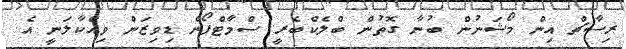
ރިސާޗް އިން މޯޝަނުން ބުނާ ގޮތުން ބްލެކްބެރީ ސްމާޓްފޯން ޑިވިޒަން ވިއްކާލަނީ އެ